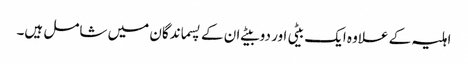
اہلیہ کے علاوہ ایک بیٹی اور دو بیٹے ان کے پسماندگان میں شامل ہیں۔